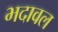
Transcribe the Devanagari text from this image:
भदावल